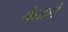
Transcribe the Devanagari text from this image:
बैन्टले